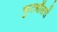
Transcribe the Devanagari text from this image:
फुटबॉलरों